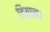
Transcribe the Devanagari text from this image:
दिवान।